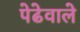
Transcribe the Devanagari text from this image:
पेढेवाले